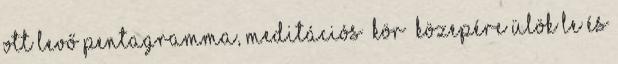
ott levő pentagramma, meditációs „kör” közepére ülök le és